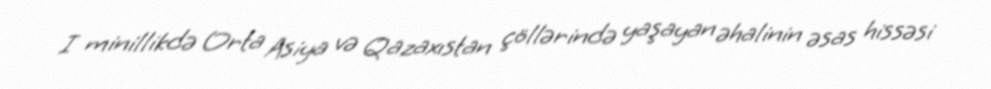
I minillikdə Orta Asiya və Qazaxıstan çöllərində yaşayan əhalinin əsas hissəsi